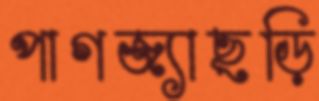
পাগজ্যাছড়ি